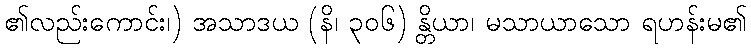
၏လည်းကောင်း၊) အသာဒယ (နိ၊ ၃၀၆) န္တိယာ၊ မသာယာသော ရဟန်းမ၏